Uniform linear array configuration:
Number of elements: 32
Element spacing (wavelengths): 1
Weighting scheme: blackman
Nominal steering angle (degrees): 30
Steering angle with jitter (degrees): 30.754
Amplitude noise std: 0.05
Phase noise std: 0.05

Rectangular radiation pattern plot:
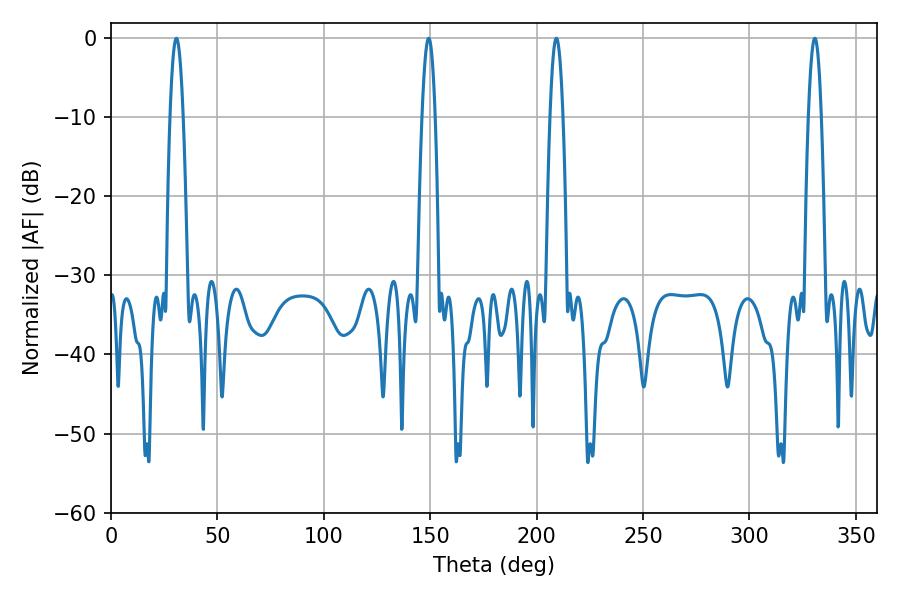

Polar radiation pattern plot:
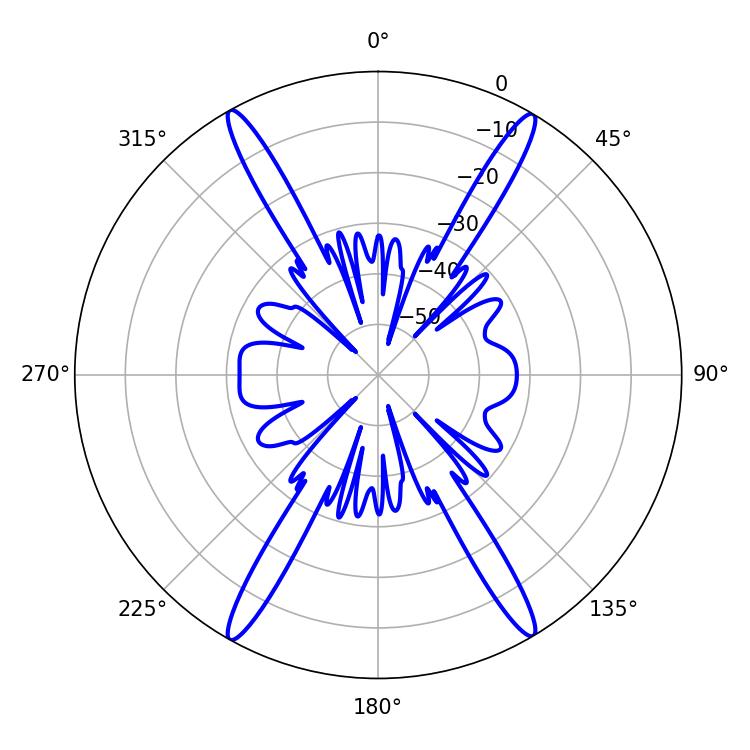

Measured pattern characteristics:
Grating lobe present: TRUE
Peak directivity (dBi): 27.131
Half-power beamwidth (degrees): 3.24
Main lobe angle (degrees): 30.78